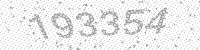
Solution: 193354